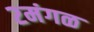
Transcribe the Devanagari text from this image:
२मंगळ